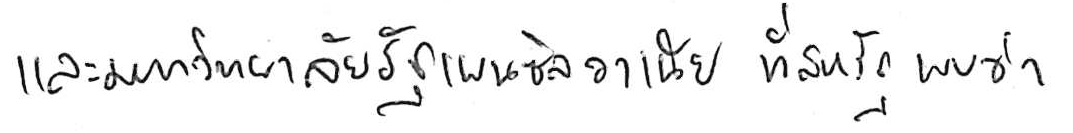
และมหาวิทยาลัยรัฐเพนซิลวาเนีย ที่สหรัฐ พบว่า